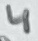
Text: 4